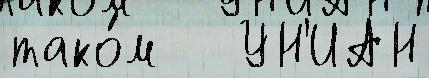
тако́м   УН'ИАН